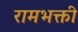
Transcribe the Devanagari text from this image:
रामभक्ती